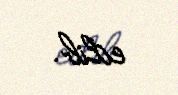
edib.